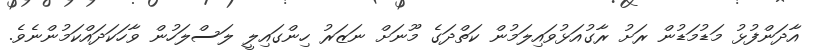
އާދަންފުޅު މަޑުމަޑުން ރަށު ރާގުއަޅުވައިލަމުން ކަތްދަގެ މޫނަށް ނަޒަރު ހިންގައިލީ ލަސްލަހުން ވާހަކަދައްކަމުންނެވެ.